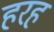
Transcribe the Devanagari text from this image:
हरह